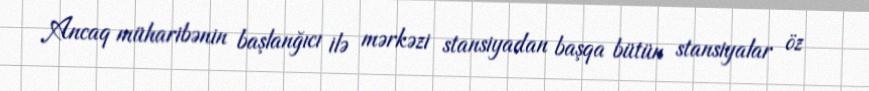
Ancaq müharibənin başlanğıcı ilə mərkəzi stansiyadan başqa bütün stansiyalar öz